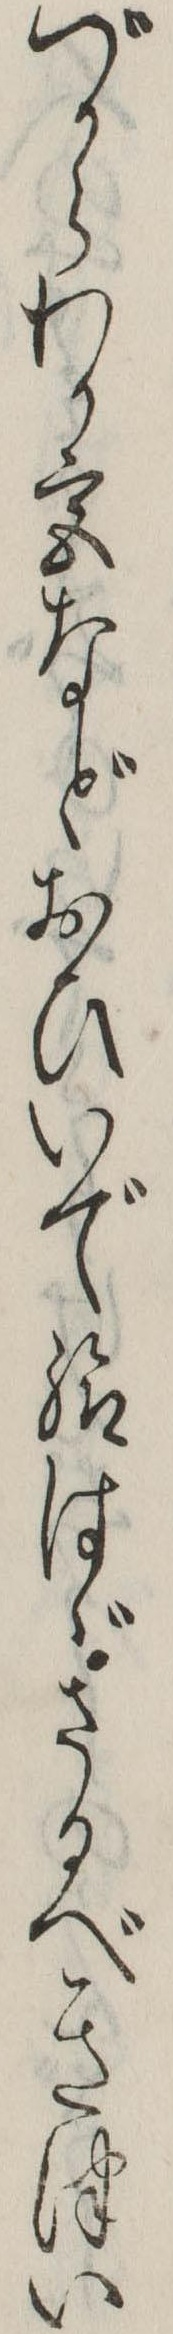
づからわか宮などおひいで給はゞさるべきつい